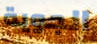
الجوية